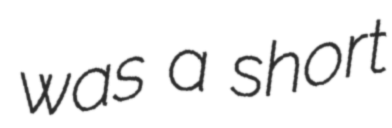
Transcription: was a short